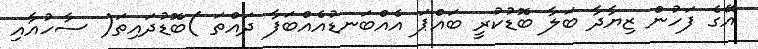
އޭގެ ފަހުން ޒިޔާދާ ބަލާ ބޮޑުކުރީ ބައްޕަ އެއްބަނޑުއެއްބަފާ ދައްތަ )ބޮޑުދައިތަ( ސާހުއާއި